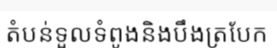
តំបន់ទួលទំពូងនិងបឹងត្របែក